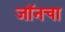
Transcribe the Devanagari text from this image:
जॉनचा